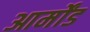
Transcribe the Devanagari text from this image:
आर्मोंड